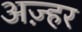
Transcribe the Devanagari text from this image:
अज़्हर